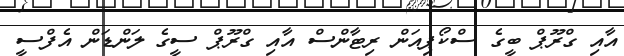
އާއި ގްރޫޕް ބީގެ ސްކޯޕިއަން ރިޓާންސް އާއި ގްރޫޕް ސީގެ ލަންޑަން އެފްސީ